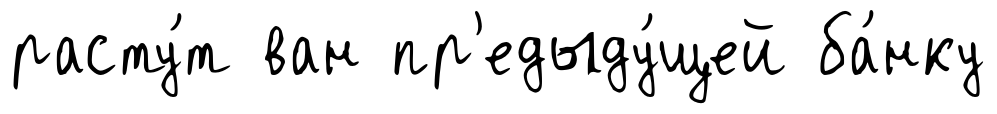
расту́т ван пр'едыду́щей ба́нку